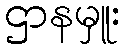
ဌာနမှူး